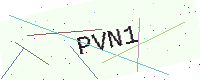
Text: PVN1